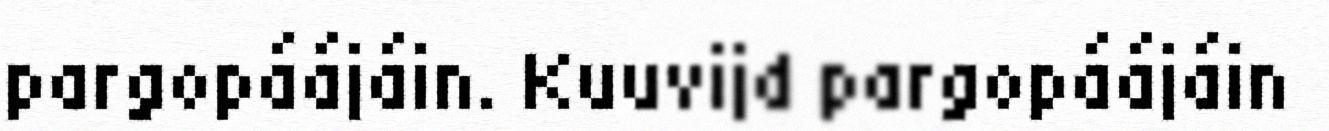
pargopáájáin. Kuuvijd pargopáájáin